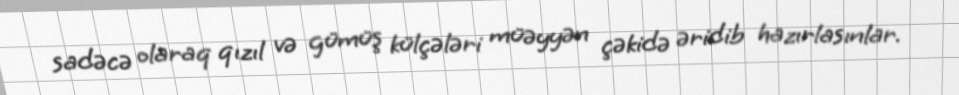
sadəcə olaraq qızıl və gümüş külçələri müəyyən çəkidə əridib hazırlasınlar.